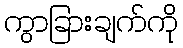
ကွာခြားချက်ကို